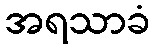
အရသာခံ